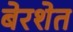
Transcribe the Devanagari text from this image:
बेरशेत